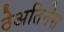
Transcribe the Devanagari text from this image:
ठेअतिनेस